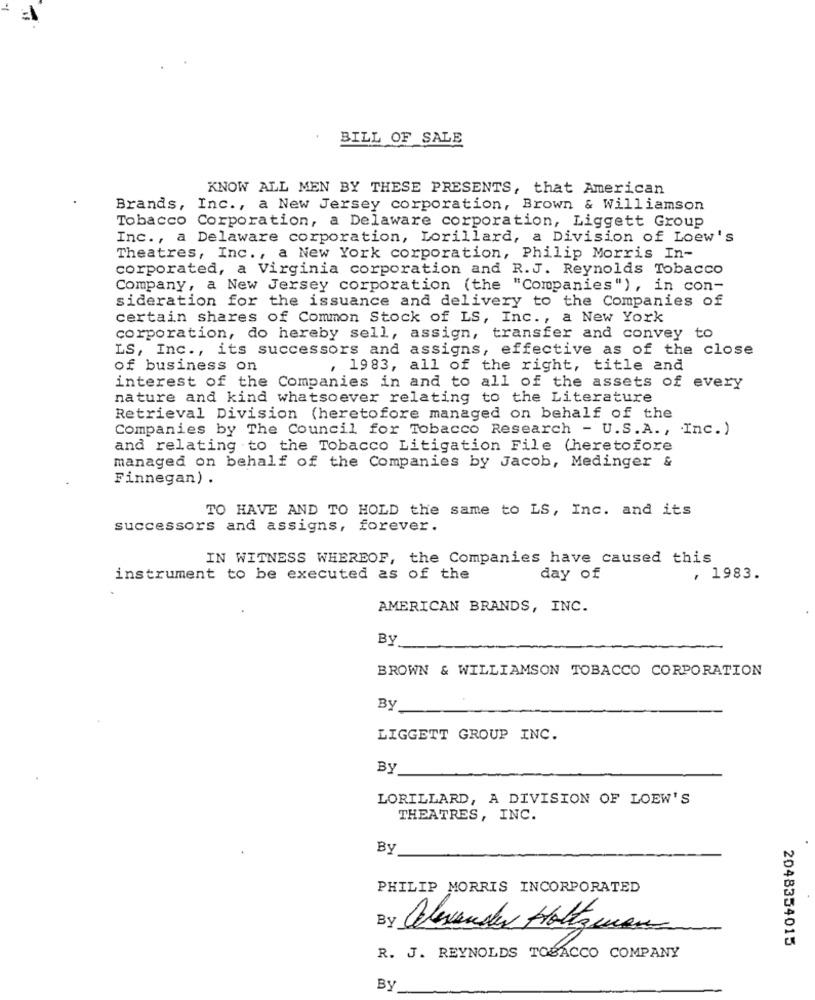
BILL OF SALE
KNOW ALL MEN BY THESE PRESENTS, that American
Brands, Inc ., a New Jersey corporation, Brown & Williamson
Tobacco Corporation, a Delaware corporation, Liggett Group
Inc ., a Delaware corporation, Lorillard, a Division of Loew's
Theatres, Inc ., a New York corporation, Philip Morris In-
corporated, a Virginia corporation and R.J. Reynolds Tobacco
Company, a New Jersey corporation (the "Companies"), in con-
sideration for the issuance and delivery to the Companies of
certain shares of Common Stock of LS, Inc ., a New York
corporation, do hereby sell, assign, transfer and convey to
LS, Inc ., its successors and assigns, effective as of the close
of business on
, 1983, all of the right, title and
interest of the Companies in and to all of the assets of every
nature and kind whatsoever relating to the Literature
Retrieval Division (heretofore managed on behalf of the
Companies by The Council for Tobacco Research - U.S.A ., Inc.)
and relating to the Tobacco Litigation File (heretofore
managed on behalf of the Companies by Jacob, Medinger &
Finnegan) .
TO HAVE AND TO HOLD the same to LS, Inc. and its
successors and assigns, forever.
IN WITNESS WHEREOF, the Companies have caused this
instrument to be executed as of the
day of
, 1983.
AMERICAN BRANDS, INC.
By
BROWN & WILLIAMSON TOBACCO CORPORATION
By
LIGGETT GROUP INC.
By
LORILLARD, A DIVISION OF LOEW'S
THEATRES, INC.
By
PHILIP MORRIS INCORPORATED
alesvensker Holtzwas
2048354015
R. J. REYNOLDS TOBACCO COMPANY
By